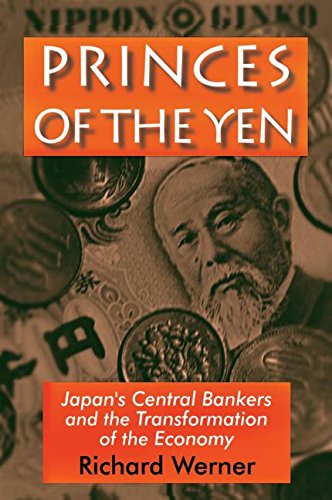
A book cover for Princes of the Yen: Japan's Central Bankers and the Transformation of the Economy (East Gate Books); Richard Werner; Business & Money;